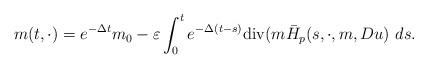
LaTeX: \begin{align*}m(t,\cdot)=e^{-\Delta t}m_{0}-\varepsilon\int_{0}^{t}e^{-\Delta(t-s)}\mathrm{div}(m\bar{H}_{p}(s,\cdot,m, Du)\ ds.\end{align*}